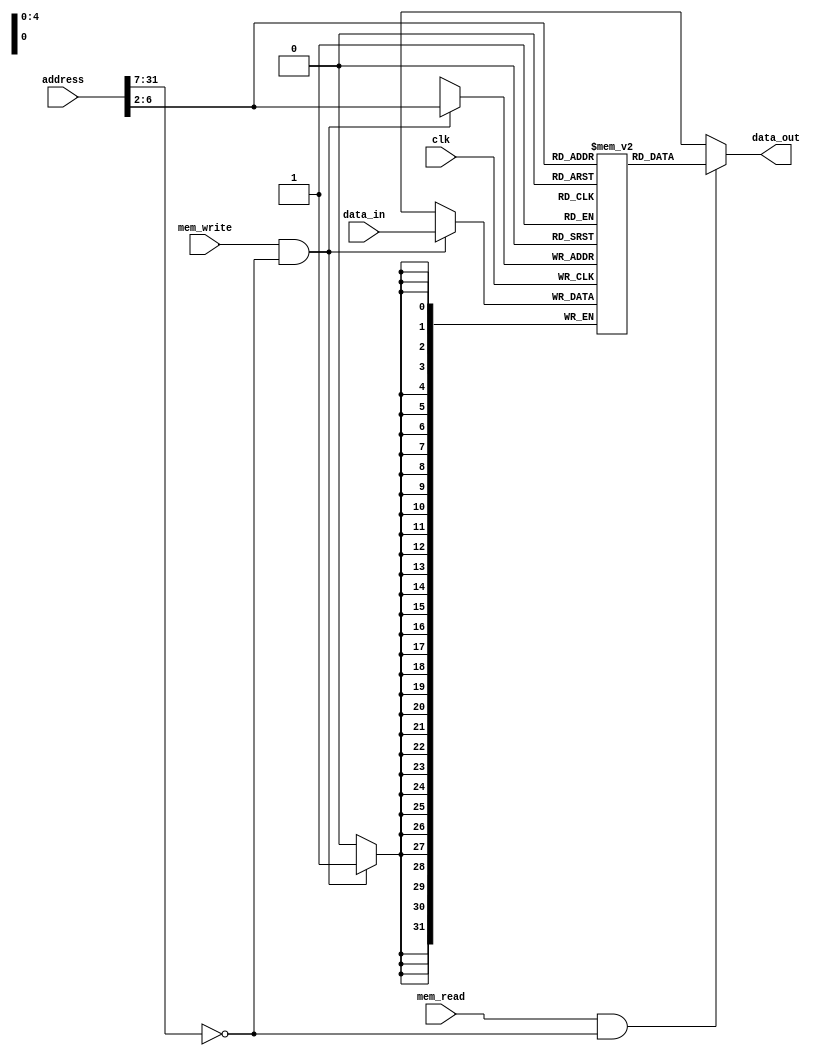
//-----------------------------------------------------------------------------
// Title         : Read-Write Memory (RAM)
// Project       : Computer Organization
//-----------------------------------------------------------------------------
//-----------------------------------------------------------------------------
// Description :
//   Behavioral model of a read-write memory used in the implementations of the MIPS
//   processor subset described in Ch. 5-6 of "Computer Organization and Design, 3rd ed."
//   by David Patterson & John Hennessey, Morgan Kaufmann, 2004 (COD3e).  
//
//   Initial contents are specified in the "initial" block, which can be changed
//   as desired.
//
//-----------------------------------------------------------------------------

module mem32(clk, mem_read, mem_write, address, data_in, data_out);
  input  clk, mem_read, mem_write;
  input  [31:0] address, data_in;
  output [31:0] data_out;
  reg    [31:0] data_out;

  parameter BASE_ADDRESS = 25'd0; // address that applies to this memory - change if desired

  reg [31:0] mem_array [0:31];
  wire [4:0] mem_offset;
  wire address_select;

  assign mem_offset = address[6:2];  // drop 2 LSBs to get word offset

  assign address_select = (address[31:7] == BASE_ADDRESS);  // address decoding

  always @(mem_read or address_select or mem_offset or mem_array[mem_offset])
  begin

    if (mem_read == 1'b1 && address_select == 1'b1)
    begin
      if ((address % 4) != 0)
          $display($time, " rom32 error: unaligned address %d", address);
      data_out = mem_array[mem_offset];
      $display($time, " reading data: Mem[%h] => %h", address, data_out);
    end
      else data_out = 32'hxxxxxxxx;
  end

  // for WRITE operations
  always @(posedge clk)
  begin
    if (mem_write == 1'b1 && address_select == 1'b1)
    begin
      $display($time, " writing data: Mem[%h] <= %h", address,data_in);
      mem_array[mem_offset] <= data_in;
    end
  end

  // initialize with some arbitrary values

  integer i;
  initial begin
    for (i=0; i<7; i=i+1) mem_array[i] = i;
  end
endmodule